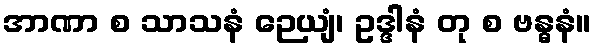
အာဏာ စ သာသနံ ဉေယျံ၊ ဥဒ္ဒါနံ တု စ ဗန္ဓနံ။